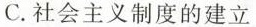
C.社会主义制度的建立